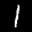
Label: 1